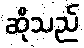
ဆိုသည်